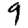
Digit: 9